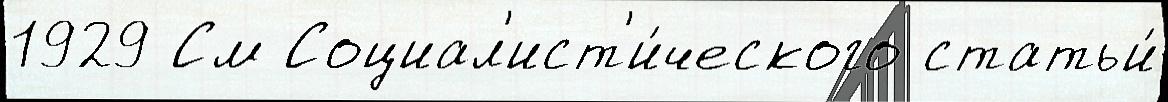
1929 См Социал'ист'и́ческого статьи́